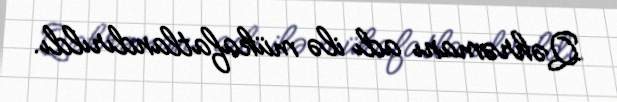
Qəhrəmanı adı ilə mükafatlandırıldı.